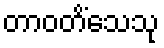
တာဝတိံသေသု